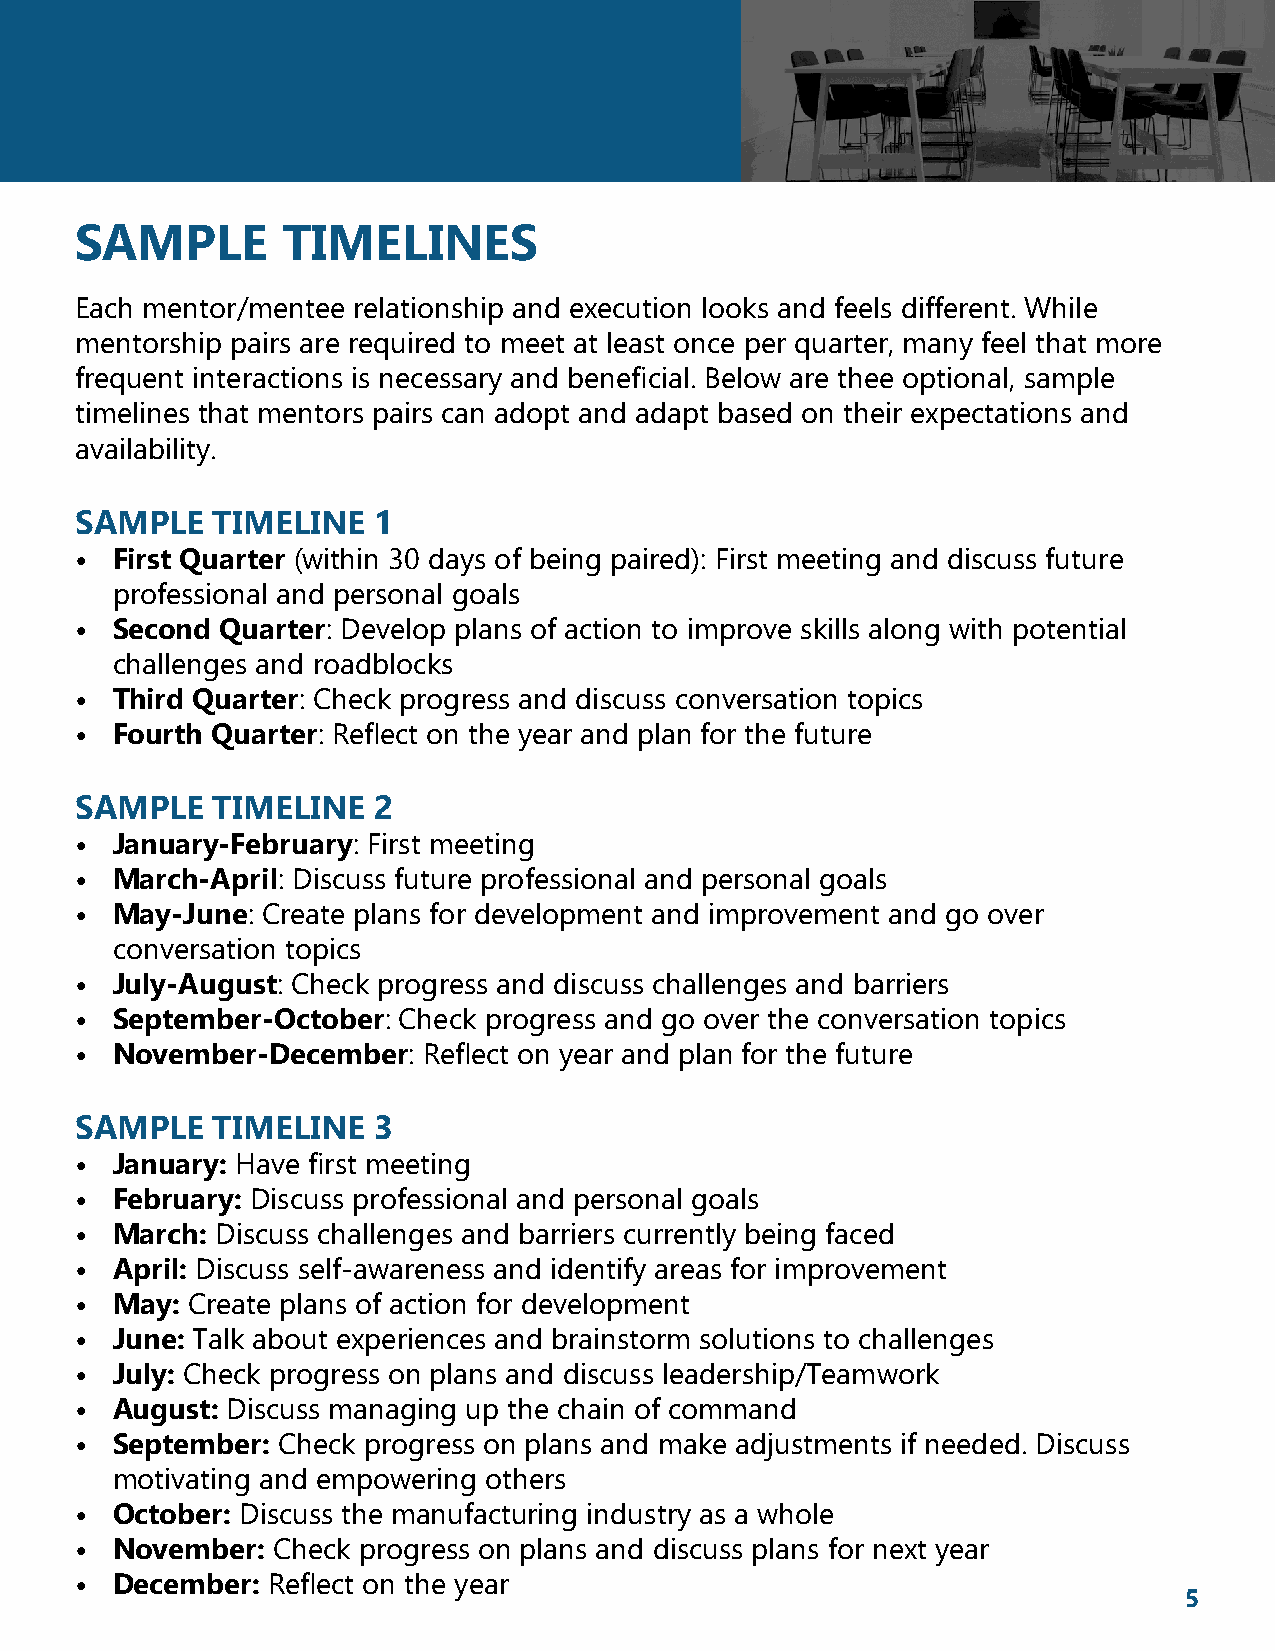
SAMPLE        TIMELINES
 Each mentor/mentee relationship and execution looks and feels different. While
 mentorship pairs are required to meet at least once per quarter, many feel that more
 frequent interactions is necessary and beneficial. Below are thee optional, sample
 timelines that mentors pairs can adopt and adapt based on their expectations and
 availability.
 SAMPLE   TIMELINE   1
 • First Quarter (within 30 days of being paired): First meeting and discuss future
 professional and personal goals
 • Second  Quarter: Develop plans of action to improve skills along with potential
 challenges and roadblocks
 • Third Quarter: Check progress and discuss conversation topics
 • Fourth Quarter: Reflect on the year and plan for the future
 SAMPLE   TIMELINE   2
 • January-February: First meeting
 • March-April: Discuss future professional and personal goals
 • May-June: Create plans for development and improvement and go over
 conversation topics
 • July-August: Check progress and discuss challenges and barriers
 • September-October: Check progress and go over the conversation topics
 • November-December:   Reflect on year and plan for the future
 SAMPLE   TIMELINE   3
 • January: Have first meeting
 • February: Discuss professional and personal goals
 • March: Discuss challenges and barriers currently being faced
 • April: Discuss self-awareness and identify areas for improvement
 • May: Create plans of action for development
 • June: Talk about experiences and brainstorm solutions to challenges
 • July: Check progress on plans and discuss leadership/Teamwork
 • August: Discuss managing up the chain of command
 • September: Check progress on plans and make adjustments if needed. Discuss
 motivating and empowering others
 • October: Discuss the manufacturing industry as a whole
 • November:  Check progress on plans and discuss plans for next year
 • December:  Reflect on the year
 5